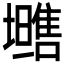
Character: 𱕡